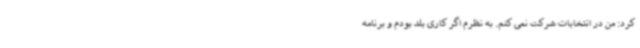
کرد: من در انتخابات شرکت نمی کنم. به نظرم اگر کاری بلد بودم و برنامه